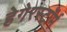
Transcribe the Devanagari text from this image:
हेगेरस्टॉर्म